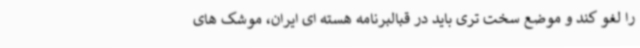
را لغو کند و موضع سخت تری باید در قبالبرنامه هسته ای ایران، موشک های